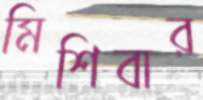
মিশিবার